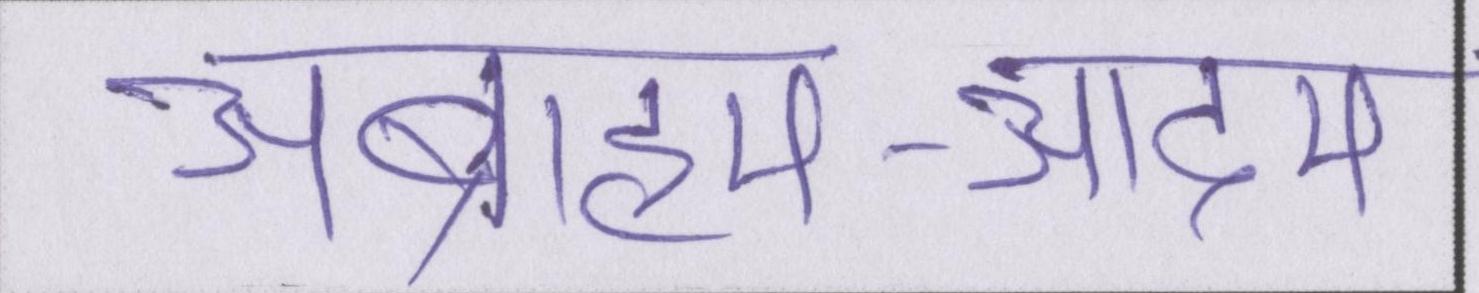
अब्राहम-आदम